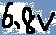
Text: 6.8V